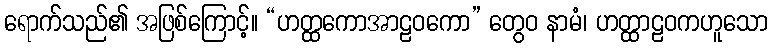
ရောက်သည်၏ အဖြစ်ကြောင့်။ “ဟတ္ထကောအာဠဝကော” တွေဝ နာမံ၊ ဟတ္ထာဠဝကဟူသော